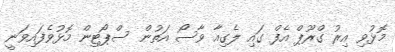
މޮޅުވި އިރު ގްރޫޕް އެފް ގައި ލެގިއާ ވާސޯ އަތުން ސްޕޯޓިން މޮޅުވެފައިވަނީ